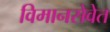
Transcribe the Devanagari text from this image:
विमानसेवेत